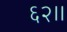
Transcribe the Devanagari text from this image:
६२।।